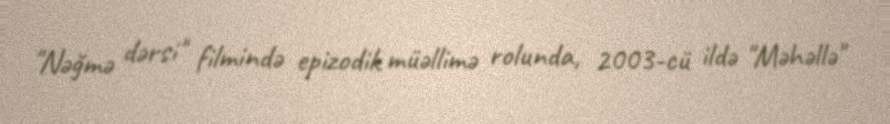
"Nəğmə dərsi" filmində epizodik müəllimə rolunda, 2003-cü ildə "Məhəllə"